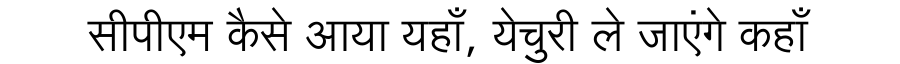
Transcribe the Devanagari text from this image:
सीपीएम कैसे आया यहाँ, येचुरी ले जाएंगे कहाँ